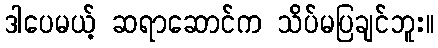
ဒါပေမယ့် ဆရာဆောင်က သိပ်မပြချင်ဘူး။